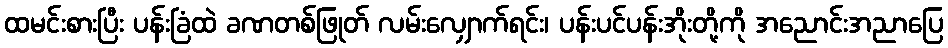
ထမင်းစားပြီး ပန်းခြံထဲ ခဏတစ်ဖြုတ် လမ်းလျှောက်ရင်း၊ ပန်းပင်ပန်းအိုးတို့ကို အညောင်းအညာပြေ